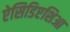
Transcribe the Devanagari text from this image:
ऐसिडिएशिआ